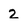
Character: 2